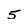
Character: 5